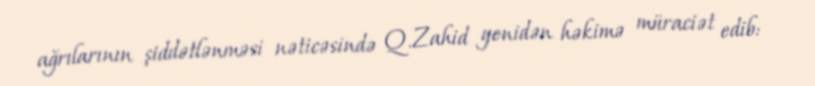
ağrılarının şiddətlənməsi nəticəsində Q.Zahid yenidən həkimə müraciət edib: